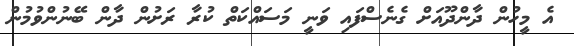
އެ މީހުން ދާންދޫއަށް ގެނެސްފައިި ވަނީ މަސައްކަތް ކުރާ ރަށުން ދާން ބޭނުންވުމުން